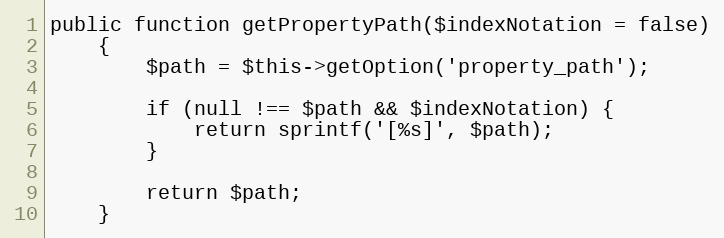
Language: PHP
public function getPropertyPath($indexNotation = false)
    {
        $path = $this->getOption('property_path');

        if (null !== $path && $indexNotation) {
            return sprintf('[%s]', $path);
        }

        return $path;
    }